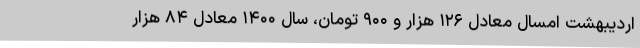
اردیبهشت امسال معادل ۱۲۶ هزار و ۹۰۰ تومان، سال ۱۴۰۰ معادل ۸۴ هزار